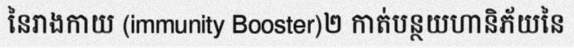
នៃរាងកាយ (immunity Booster)២ កាត់បន្ថយហានិភ័យនៃ